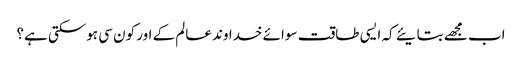
اب مجھے بتایئے کہ ایسی طاقت سوائے خداوند عالم کے اور کون سی ہوسکتی ہے؟